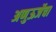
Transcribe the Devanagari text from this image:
अणुऊर्जेचा